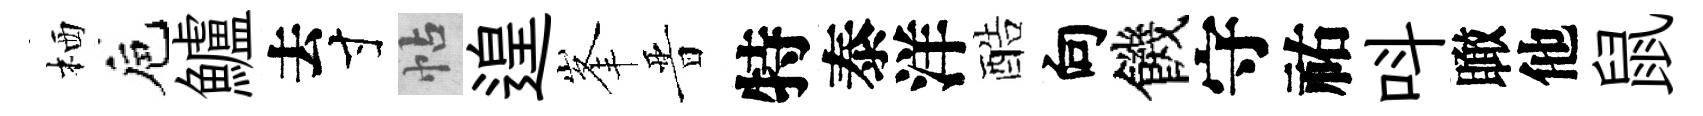
栖巵鱸去寸帖遑峯晋特泰洋酷向饑守祐呌瞰他鼠